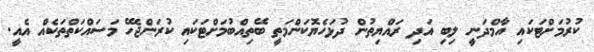
ކުރުމަށްޓަކައި އާމްދަނީ ލިބި އަދި ރައްޔިތުން ދުޅަހެޔޮކަންމަތީ ބޭތިއްބުމަށްޓަކައި ކުރަންޖެހޭ މަސައްކަތްތަކެއް އެއީ.